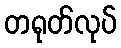
တရုတ်လုပ်